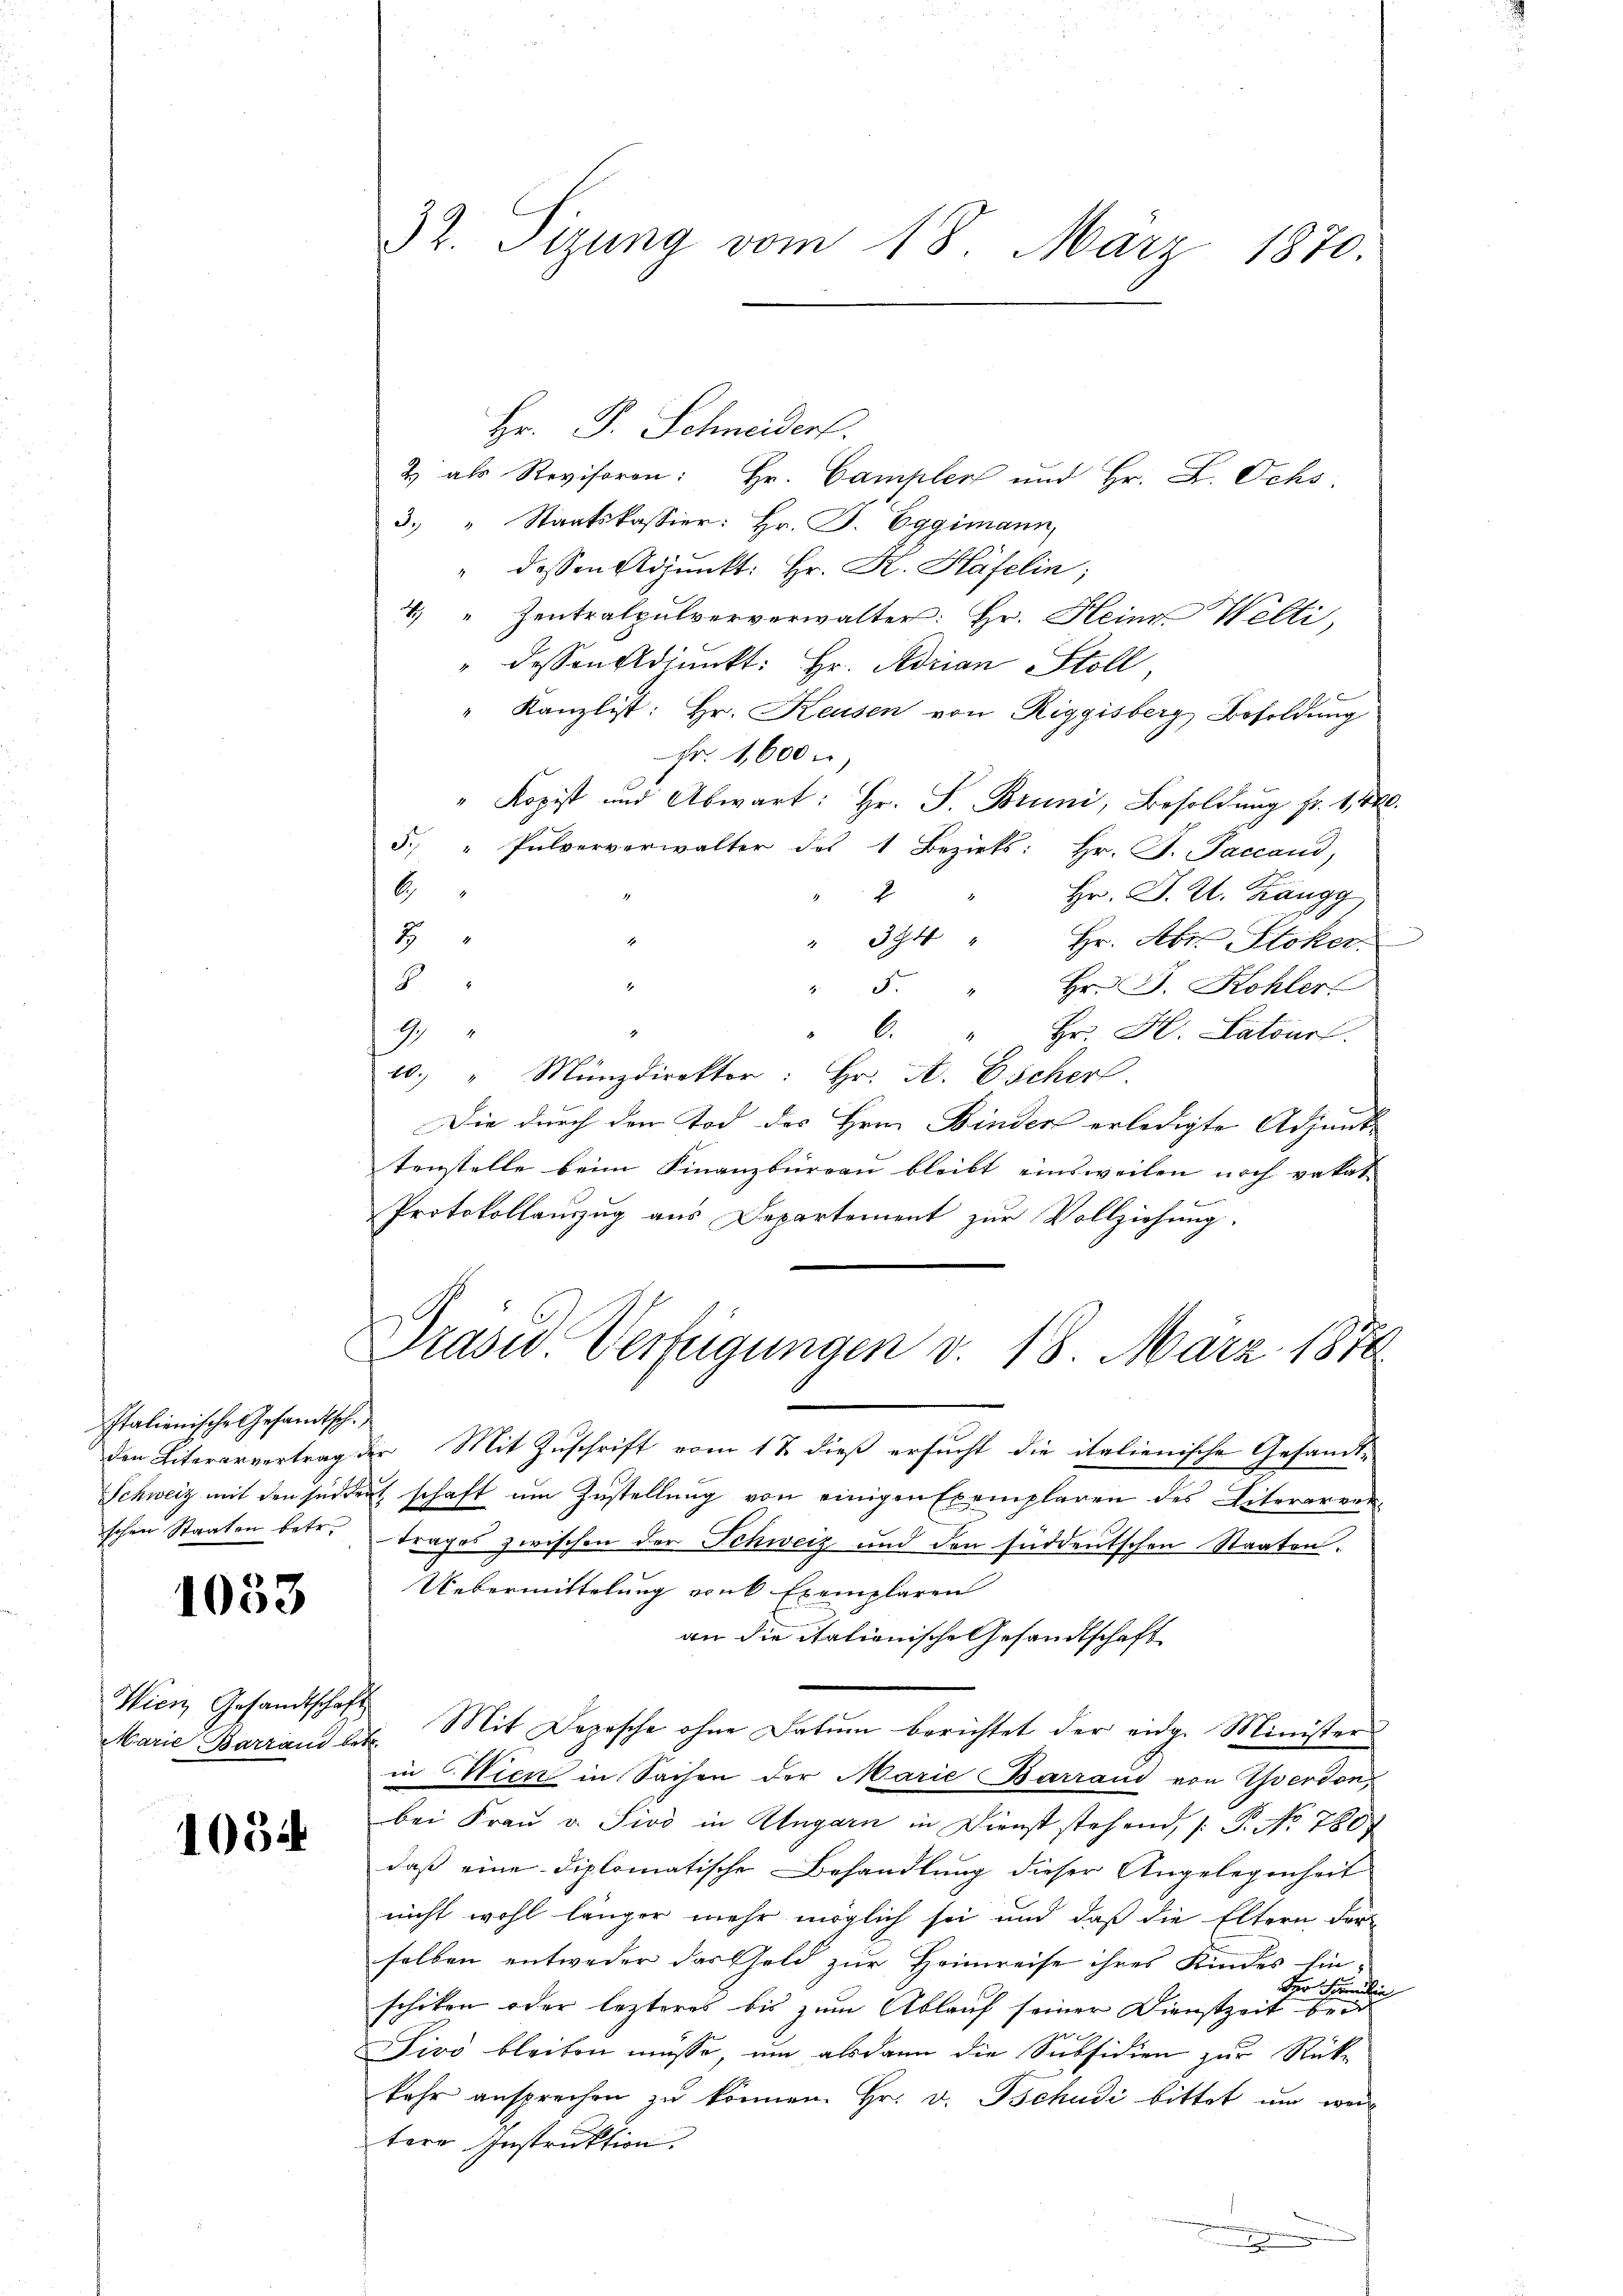
Italienische Gesandtsch.
den Literarvertrag
schen Staaten betr.

1033

Wien Gesandtschaft
Marie Barrand bei

1034

32. Sizung vom 18. März 1870.

2 als Revisoron: Hr. Campler und Hr. L. Ochs
3. " Staatskassier: Hr. J. Eggimann,
" dessen Adjunkt: Hr. R. Häfelin,
4 " Zentralpulververwalter: Hr. Heine Welti,
dessen Adjunkt: Hr. Adrian Stoll
" Kanzlist: Hr. Keusen von Riggisberg Besoldung
Fr. 1,600
" Kopist und Abwart: Hr. F. Bruni, Besoldŭng fr. 1440.
5 " Pulververwalter des 1 Bezirks: Hr. F. Faccand,
b
Hr. D. R. Zangg
2
7
" 394 " Hr. Abt. Stoker
8
5.
" Hr. J. Kohler
1
6. " Hr. H. Latours.
10.) " Münzdirektor: Hr. A. Escher.
Die durch den Tod des Hrn. Binder erledigte Adjunt- |
tenstelle beim Finanzbürrau bleibt einsweilen noch vakat
Protokollauszug aus Departement zur Vollziehung.
Präsid. Verfügungen v. 18. März 1870
2. Mit Zuschrift vom 17. dieß ersucht die italienische Gesandt¬
Schweiz mit den süddent schaft um Zustellung von einigen Exemplaren des Literarent
trages zwischen der Schweiz und den süddeutschen Staaten.
Uebermittelung und Exemplaren
an die itationische Gesandtschaft
 Mit Depesche ohne Datum berichtet der eidg. Ministers
in Wien in Sachen der Marie Barraud von Werdon,
bei Frau v. Sivo in Ungarn in Dienst stehend, P. No 7807
daß eine diplomatische Behandlung dieser Angelegenheit
nicht wohl länger mehr möglich sei und daß die Eltern dor-
selben entweder das Geld zur Heimreise ihres Kindes hin-
der Fami
schiken oder lezteres bis zum Ablauf seiner Dienstzeit beid
Sivo bleiben müsse, um alsdann die Subsidien zur Rück-
kehr ansprechen zu können. Hr. v. Tschudi bittet und we
tere Instruktion

Hr. P. Schneiders.

x